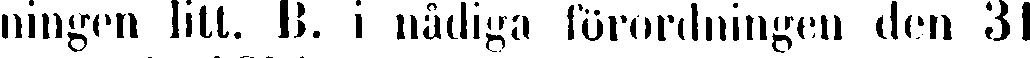
ningen litt. B. i nådiga förordningen den 31